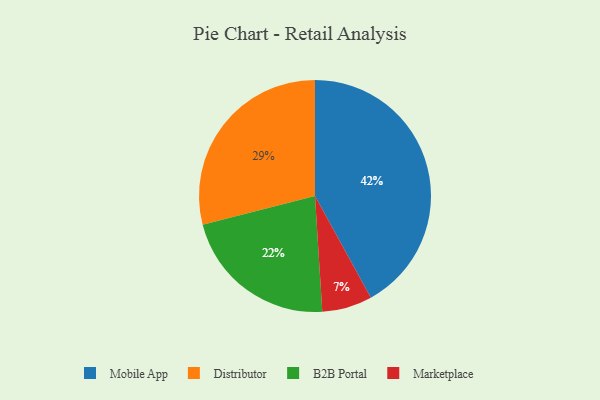
{"axis": {"x": "Category", "y": "Percentage"}, "legend": ["B2B Portal", "Distributor", "Marketplace", "Mobile App"], "data": [{"x": "Distributor", "y": 29, "type": "Distributor"}, {"x": "Mobile App", "y": 42, "type": "Mobile App"}, {"x": "B2B Portal", "y": 22, "type": "B2B Portal"}, {"x": "Marketplace", "y": 7, "type": "Marketplace"}]}